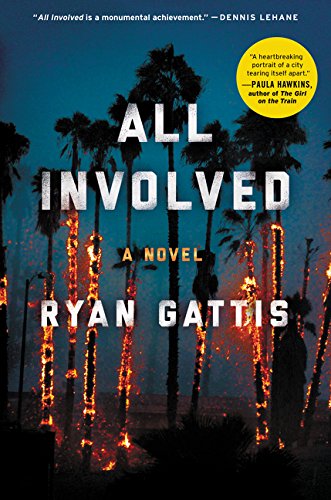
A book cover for All Involved: A Novel; Ryan Gattis; Literature & Fiction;